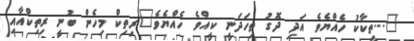
"...ތީކާކު ހެއްޔެވެ އަދި ދޮގު ތިހަދަނީ ކީއްވެ ހެއްޔެވެ"ރިތިކް މިހެން ބުނީ ރިތިކްއާއި